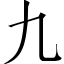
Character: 九